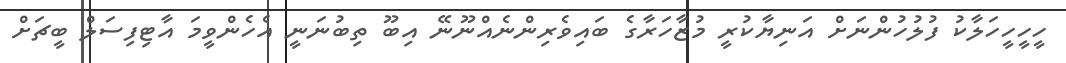
ހީހީހީހަލާކު ފުލުހުންނަށް އަނިޔާކުރީ މުޒާހަރާގެ ބައިވެރިންނެއްނޫނޭ އިބޫ ތިބުނަނީ އެހެންވީމަ އާޓިފިސަލް ބީޗަށް